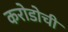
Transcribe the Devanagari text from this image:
करोडोची